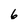
Character: 6